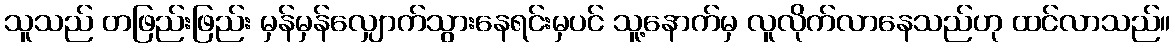
သူသည် တဖြည်းဖြည်း မှန်မှန်လျှောက်သွားနေရင်းမှပင် သူ့နောက်မှ လူလိုက်လာနေသည်ဟု ထင်လာသည်။